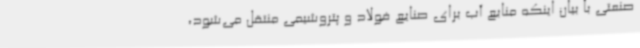
صنعتی با بیان اینکه منابع آب برای صنایع فولاد و پتروشیمی منتقل می‌شود،